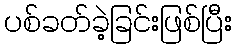
ပစ်ခတ်ခဲ့ခြင်းဖြစ်ပြီး